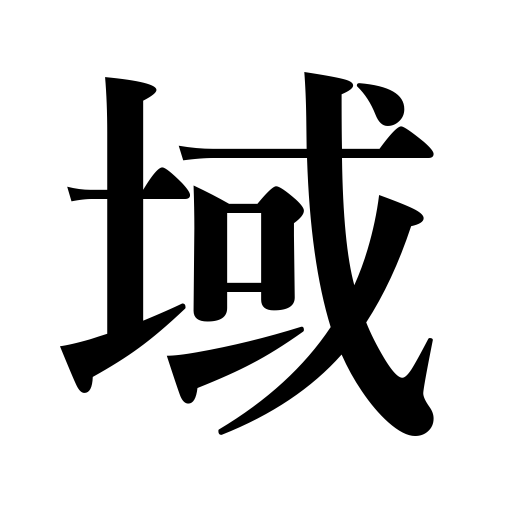
Meanings: region,level,stage,limits